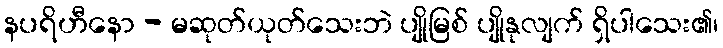
နပရိဟီနော - မဆုတ်ယုတ်သေးဘဲ ပျိုမြစ် ပျိုနုလျက် ရှိပါသေး၏၊